Scottish Leaving Certificate Examination, 1957
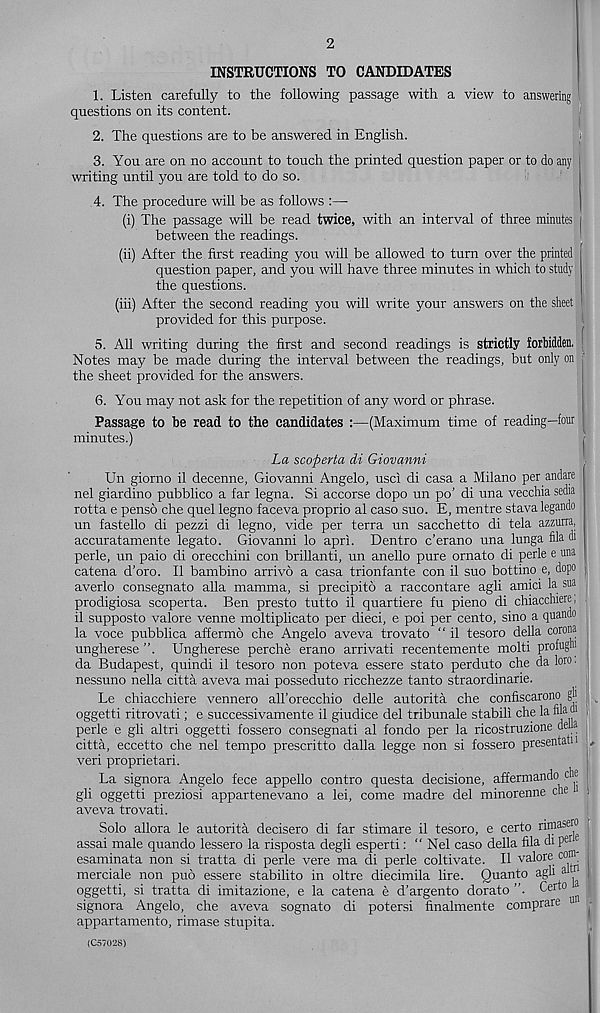
2
INSTRUCTIONS TO CANDIDATES
1. Listen carefully to the following passage with a view to answering
questions on its content.
2. The questions are to be answered in English.
ij.
3. You are on no account to touch the printed question paper or to do any
writing until you are told to do so.
4. The procedure will be as follows :—
(i) The passage will be read twice, with an interval of three minutes
between the readings.
(ii) After the first reading you will be allowed to turn over the printed
question paper, and you will have three minutes in which to study
the questions.
(hi) After the second reading you will write your answers on the sheet
provided for this purpose.
5. All writing during the first and second readings is strictly forbidden.
Notes may be made during the interval between the readings, but only on
the sheet provided for the answers.
6. You may not ask for the repetition of any word or phrase.
Passage to be read to the candidates :—(Maximum time of reading—four
minutes.)
La scoperta di Giovanni
Un giorno il decenne, Giovanni Angelo, use! di casa a Milano per andare
nel giardino pubblico a far legna. Si accorse dopo un po’ di una vecchia sedia
rotta e pensb che quel legno faceva proprio al caso suo. E, mentre stava legando
un fastello di pezzi di legno, vide per terra un sacchetto di tela azzurra,
accuratamente legato. Giovanni lo apri. Dentro e’erano una lunga fila di
perle, un paio di orecchini con brillanti, un anello pure ornato di perle e una
catena d’oro. II bambino arrivo a casa trionfante con il suo bottino e, dopo
averlo consegnato alia mamma, si precipito a raccontare agli amici la sua
prodigiosa scoperta. Ben presto tutto il quartiere fu pieno di chiacchiere,
il supposto valore venne moltiplicato per died, e poi per cento, sino a quando
la voce pubblica affermo che Angelo aveva trovato “ il tesoro della corona
ungherese”. Ungherese perche erano arrivati recentemente molti profugw
da Budapest, quindi il tesoro non poteva essere stato perduto che da loro.
nessuno nella citta aveva mai posseduto ricchezze tanto straordinarie.
Le chiacchiere vennero all’orecchio delle autorita che confiscarono gh
oggetti ritrovati; e successivamente il giudice del tribunale stabili che la nla ui
perle e gli altri oggetti fossero consegnati al fondo per la ricostruzione della
citta, eccetto che nel tempo prescritto dalla legge non si fossero presentatn
veri proprietari.
La signora Angelo fece appello contro questa decisione, affermando che
gli oggetti preziosi appartenevano a lei, come madre del minorenne che i
aveva trovati.
Solo allora le autorita decisero di far stimare il tesoro, e certo rimasero
assai male quando lessero la risposta degli esperti: “Nel caso della fila di per e
esaminata non si tratta di perle vere ma di perle coltivate. Il valore com
merciale non puo essere stabilito in oltre diecimila lire. Quanto agb
oggetti, si tratta di imitazione, e la catena e d’argento dorato ”. Certo ^
signora Angelo, che aveva sognato di potersi finalmente comprare u
appartamento, rimase stupita.
(C57028)